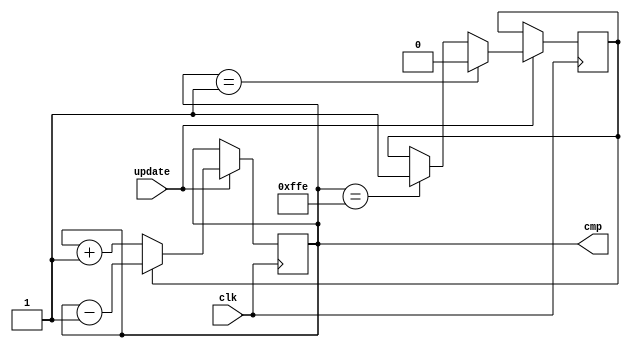
module pulsar #(
    parameter WIDTH = 12
) (
    input clk,
    input update,
    output [WIDTH-1:0] cmp
);

reg [WIDTH-1:0] ctr = 12'h0;
reg direction = 1'b0;

assign cmp = ctr;

always @(posedge clk) begin
    if (update) begin
        if (ctr == {{WIDTH-1{1'b0}}, 1'b1})
            direction <= 1'b0;
        else if (ctr == {{WIDTH-1{1'b1}}, 1'b0})
            direction <= 1'b1;
        else
            direction <= direction;
        ctr <= direction ? ctr - 1'b1 : ctr + 1'b1;
    end
end

endmodule